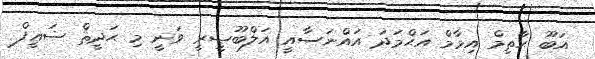
އަބޫ ޙާތިމް އިމާމް އަޙްމަދު އައްނަސާއީ އަލްބޫޞީރީ ވަނީ މި ޙަދީޘް ޟަޢީފް